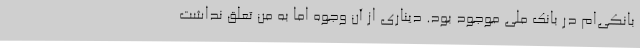
بانکی‌ام در بانک ملی موجود بود. دیناری از آن وجوه اما به من تعلق نداشت